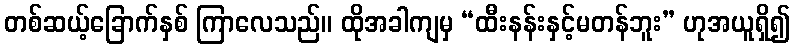
တစ်ဆယ့်ခြောက်နှစ် ကြာလေသည်။ ထိုအခါကျမှ “ထီးနန်းနှင့်မတန်ဘူး” ဟုအယူရှိ၍